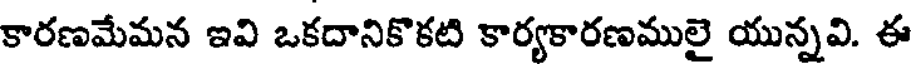
కారణమేమన ఇవి ఒకదానికొకటి కార్యకారణములై యున్నవి. ఈ